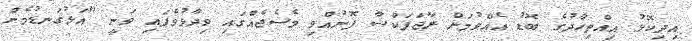
އިދިކޮޅު އިއްތިހާދުގެ ބޮޑު އެއްވުމަށް ރާޖަޕަކްސާ ފޮނުއްވި މެސެޖެއްގައި ވިދާޅުވެފައި ވަނީ "އަޅުގަނޑުމެން